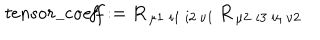
\mathit { t e n s o r \_ c o e f f } : = R \, { _ { \mu 1 } } \, { _ { \mathit { i 1 } } } \, { _ { \mathit { i 2 } } } \, { _ { \nu 1 } } \, R \, { _ { \mu 2 } } \, { _ { \mathit { i 3 } } } \, { _ { \mathit { i 4 } } } \, { _ { \nu 2 } }